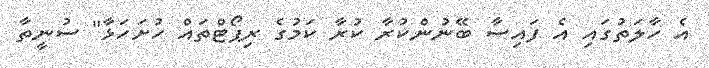
އެ ހާލަތުގައި އެ ފައިސާ ބޭނުންކުރާ ކުރާ ކަމުގެ ރިޕޯޓްތައް ހުށަހަޅާ" ސުނީތާ